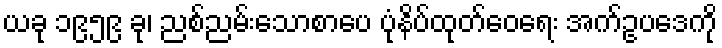
ယခု ၁၉၅၉ ခု၊ ညစ်ညမ်းသောစာပေ ပုံနိပ်ထုတ်ဝေရေး အက်ဥပဒေကို